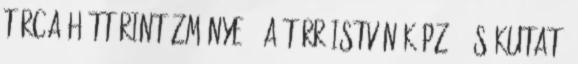
tárca háttérintézménye - a Türr István Képző- és Kutató